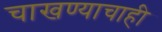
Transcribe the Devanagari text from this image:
चाखण्याचाही